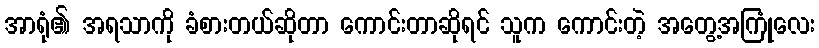
အာရုံ၏ အရသာကို ခံစားတယ်ဆိုတာ ကောင်းတာဆိုရင် သူက ကောင်းတဲ့ အတွေ့အကြုံလေး